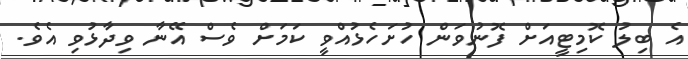
އެ ބިލު ކޮމިޓީއަށް ފޮނުވަން ހުށަހެޅުއްވީ ކަމަށް ވެސް އޭނާ ވިދާޅުވި އެވެ.